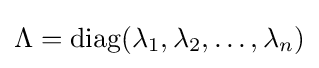
\Lambda =\operatorname {diag} (\lambda _{1},\lambda _{2},\ldots ,\lambda _{n})